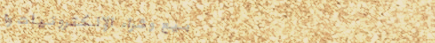
بيع وشراء الإلكترونيات وا